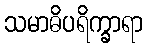
သမာဓိပရိက္ခာရာ